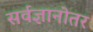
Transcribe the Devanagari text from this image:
सर्वज्ञानोतर